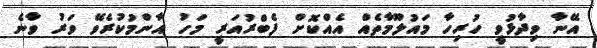
އޭނާ ވިދާޅުވީ ހުރިހާ މައުލޫމާތެއް އެއްކޮށް ފެބްރުއަރީ މަހު އާންމުކުރެވޭ ވަރު ވާނެ